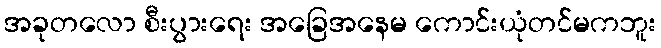
အခုတလော စီးပွားရေး အခြေအနေမ ကောင်းယုံတင်မကဘူး